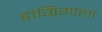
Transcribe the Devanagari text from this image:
डांग्रिगाला